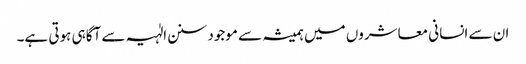
ان سے انسانی معاشروں میں ہمیشہ سے موجود سنن الٰہیہ سے آگاہی ہوتی ہے۔